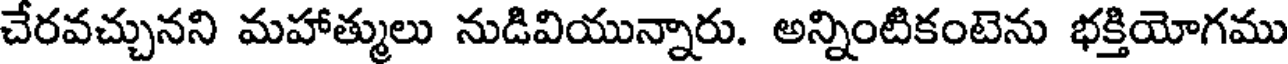
చేరవచ్చునని మహాత్ములు నుడివియున్నారు. అన్నింటికంటెను భక్తియోగము